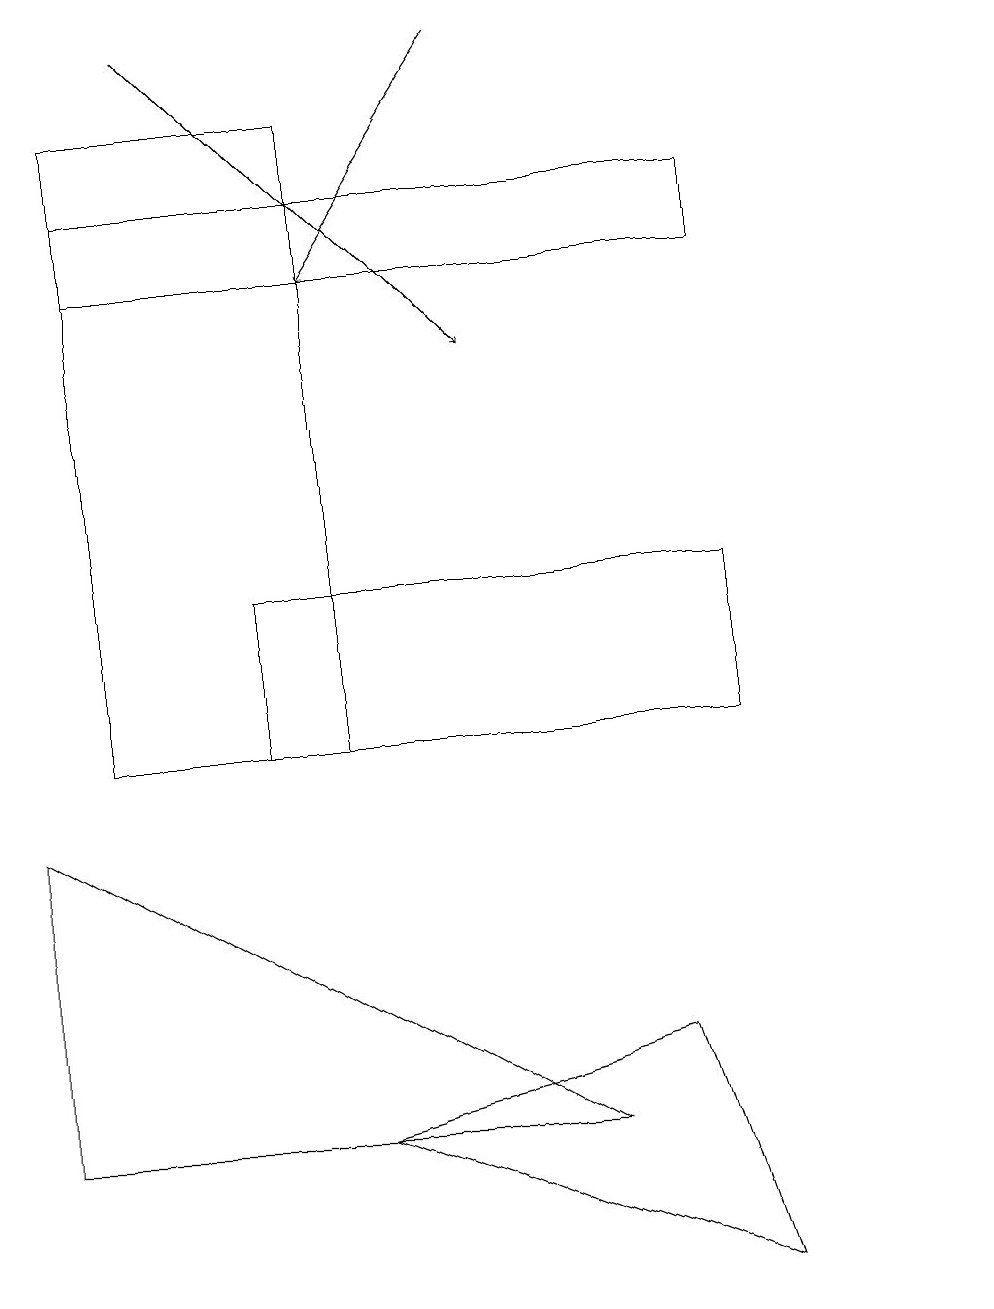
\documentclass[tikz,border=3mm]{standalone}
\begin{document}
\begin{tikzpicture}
\draw (1,16) rectangle (9,17);
\draw (3,10) rectangle (9,12);
\draw (4,10) rectangle (1,18);
\draw (4,5) -- (9,3) -- (8,6) -- cycle;
\draw (12,11) circle (0);
\draw[->] (2,19) -- (6,15);
\draw[->] (6,19) -- (4,16);
\draw (0,5) -- (7,5) -- (0,9) -- cycle;
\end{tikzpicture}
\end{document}